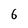
Character: 6